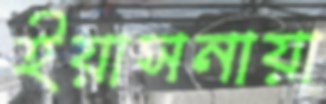
ইয়াসনায়া